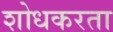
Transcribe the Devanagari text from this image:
शोधकरता